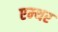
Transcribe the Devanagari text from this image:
एम्थर